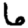
Digit: 6